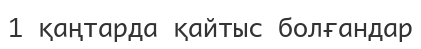
1 қаңтарда қайтыс болғандар